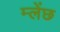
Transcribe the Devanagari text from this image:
म्लेंछ